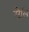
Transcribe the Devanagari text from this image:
सेलिं